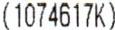
(1074617K)